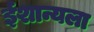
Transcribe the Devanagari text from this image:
ईशान्यला